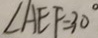
\angle A E F = 3 0 ^ { \circ }